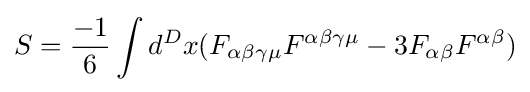
S={\frac {-1}{6}}\int d^{D}x(F_{\alpha \beta \gamma \mu }F^{\alpha \beta \gamma \mu }-3F_{\alpha \beta }F^{\alpha \beta })